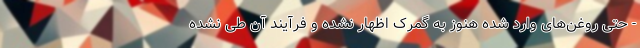
- حتی روغن‌های وارد شده هنوز به گمرک اظهار نشده و فرآیند آن طی نشده